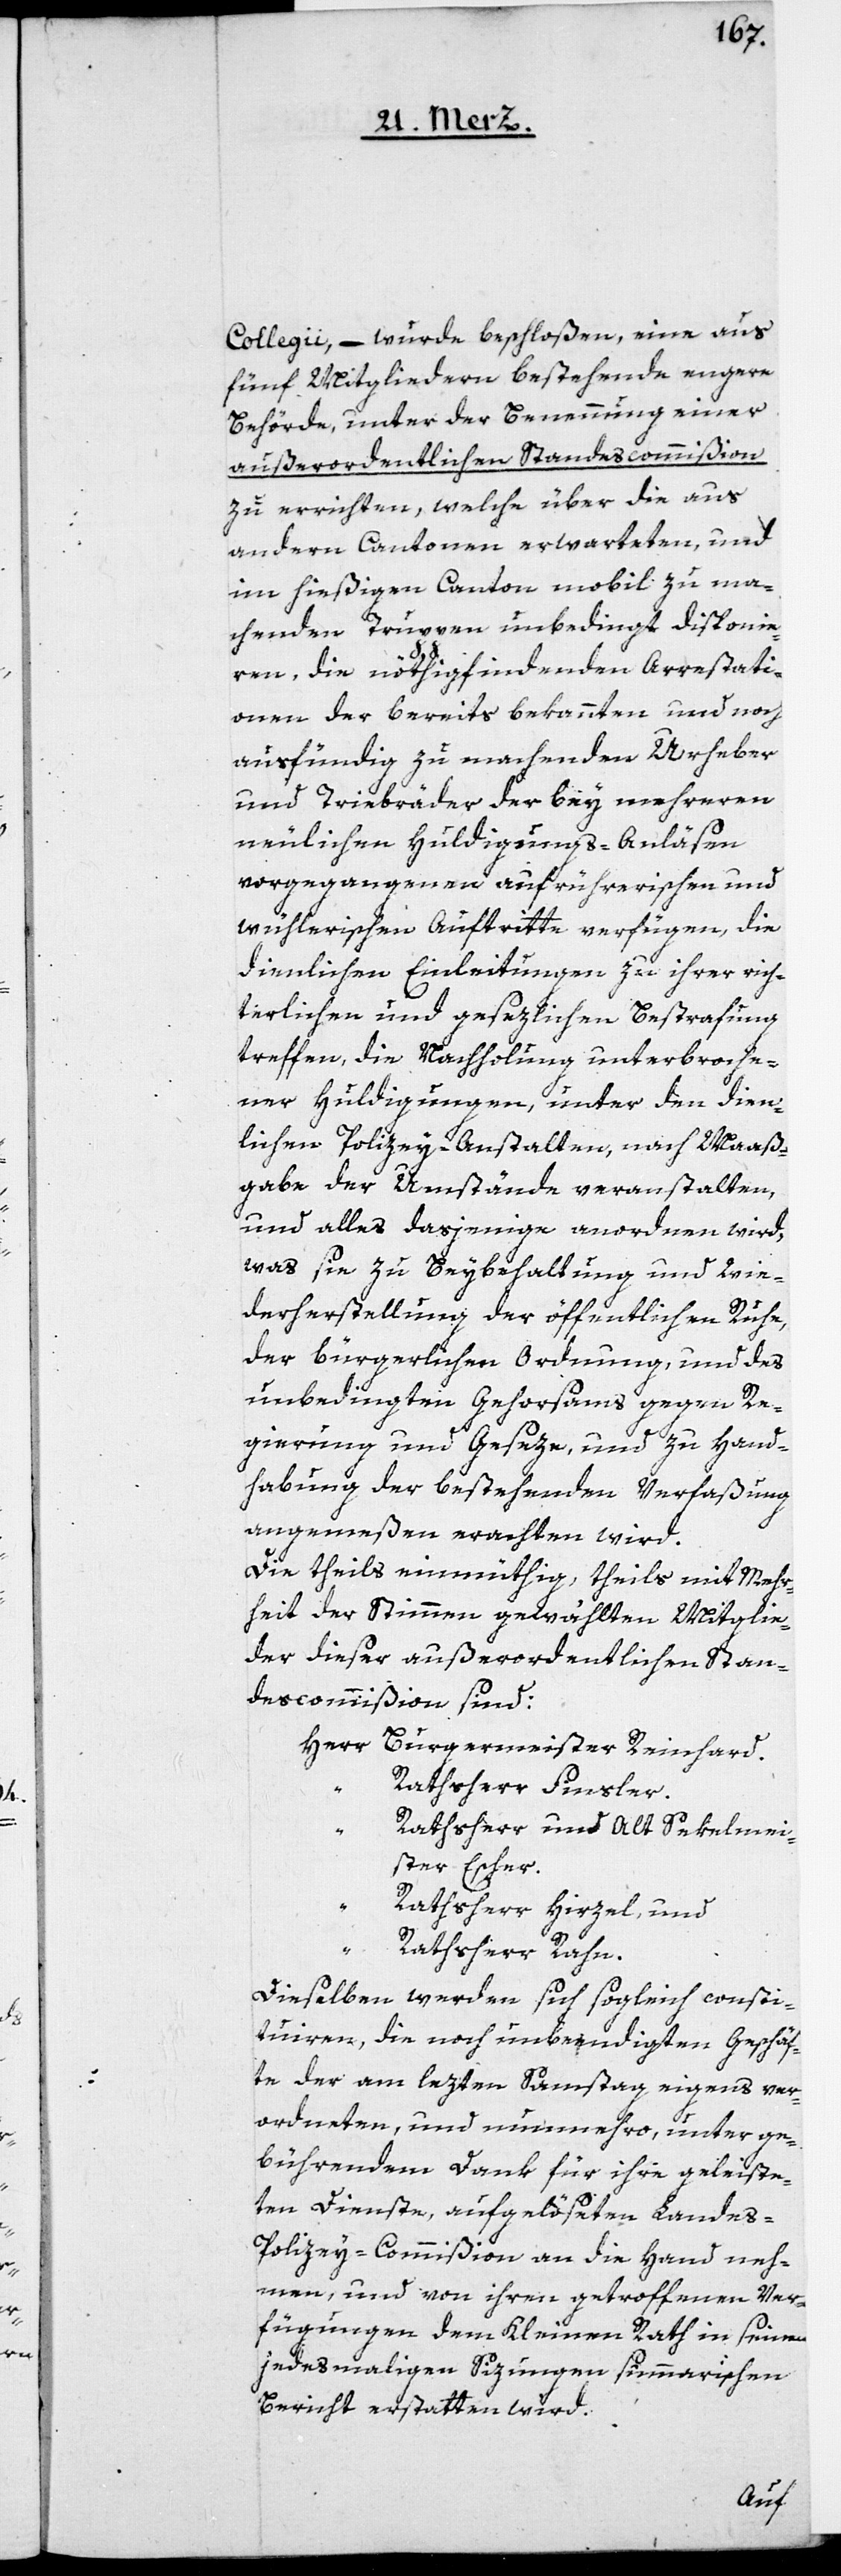
Collegii, – wurde beschloßen, eine aus
fünf Mitgliedern bestehende engere
Behörde, unter der Benennung einer
außerordentlichen Standescommißion
zu errichten, welche über die aus
andern Cantonen erwarteten, und
im hießigen Canton mobil zu ma¬
chenden Truppen unbedingt disponie¬
ren, die nöthigfindenden Arrestati¬
onen der bereits bekannten und noch
ausfündig zu machenden Urheber
und Triebräder der bey mehreren
neulichen Huldigungs-Anläsen
vorgegangenen aufrührerischen und
wühlerischen Auftritte verfügen, die
dienlichen Einleitungen zu ihrer rich¬
terlichen und gesezlichen Bestrafung
treffen, die Nachholung unterbroche¬
ner Huldigungen, unter den dien¬
lichen Polizey-Anstalten, nach Maaß¬
gabe der Umstände veranstalten,
und alles dasjenige anordnen wird,
was sie zu Beybehaltung und Wie¬
derherstellung der öffentlichen Ruhe,
der bürgerlichen Ordnung, und des
unbedingten Gehorsams gegen Re¬
gierung und Geseze, und zu Hand¬
habung der bestehenden Verfaßung
angemeßen erachten wird.
Die theils einmüthig, theils mit Mehr¬
heit der Stimmen gewählten Mitglie¬
der dieser außerordentlichen Stan¬
descommißion sind:
Herr Burgermeister Reinhard,
Rathsherr Finsler,
Rathsherr und Alt Sekelmei¬
ster Escher,
Rathsherr Hirzel und
“
Rathsherr Rahn.
Dieselben werden sich sogleich consti¬
tuiren, die noch unbeendigten Geschäf¬
te der am lezten Samstag eigens ver¬
ordneten, und nunmehro, unter ge¬
bührendem Dank für ihre geleiste¬
ten Dienste, aufgelöseten Landes-P¬
olzey-Commißion an die Hand neh¬
men, und von ihren getroffenen Ver¬
fügungen dem Kleinen Rath in seinen
jedesmaligen Sizungen summarischen
Bericht erstatten wird.